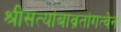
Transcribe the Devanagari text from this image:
श्रीसत्यांबाव्रतांगत्वेन